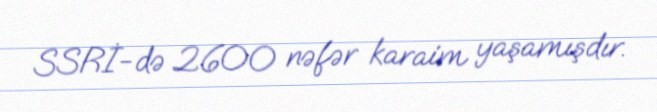
SSRİ-də 2600 nəfər karaim yaşamışdır.